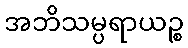
အဘိသမ္ပရာယဉ္စ